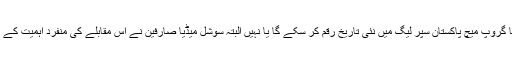
لاہور قلندرز اور پشاور زلمی کا گروپ میچ پاکستان سپر لیگ میں نئی تاریخ رقم کر سکے گا یا نہیں البتہ سوشل میڈیا صارفین نے اس مقابلے کی منفرد اہمیت کے پیش نظر اسے ٹرینڈ بنا دیا ہے۔